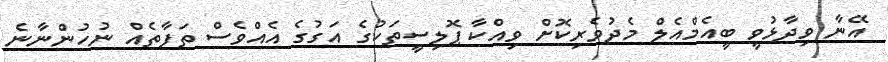
އޭނާ ވިދާޅުވީ ބީއެމްއެލް މެދުވެރިކޮށް ވިއްކާ ޕޮލިސީތަކުގެ އަގުގެ އެއްވެސް ތަފާތެއް ނުހުންނާނެ